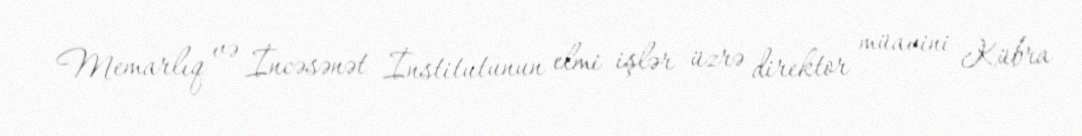
Memarlıq və İncəsənət İnstitutunun elmi işlər üzrə direktor müavini Kübra